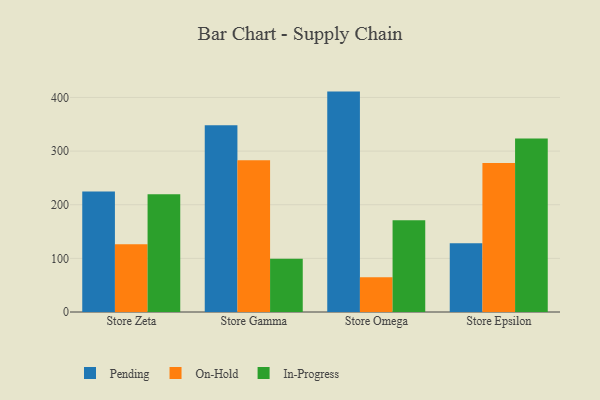
{"axis": {"x": "Store", "y": "Headcount"}, "legend": ["In-Progress", "On-Hold", "Pending"], "data": [{"x": "Store Zeta", "y": 224.8, "type": "Pending"}, {"x": "Store Zeta", "y": 126.1, "type": "On-Hold"}, {"x": "Store Zeta", "y": 219.6, "type": "In-Progress"}, {"x": "Store Gamma", "y": 348.3, "type": "Pending"}, {"x": "Store Gamma", "y": 282.8, "type": "On-Hold"}, {"x": "Store Gamma", "y": 99.5, "type": "In-Progress"}, {"x": "Store Omega", "y": 410.9, "type": "Pending"}, {"x": "Store Omega", "y": 64.6, "type": "On-Hold"}, {"x": "Store Omega", "y": 171.2, "type": "In-Progress"}, {"x": "Store Epsilon", "y": 128.1, "type": "Pending"}, {"x": "Store Epsilon", "y": 278.0, "type": "On-Hold"}, {"x": "Store Epsilon", "y": 323.6, "type": "In-Progress"}]}